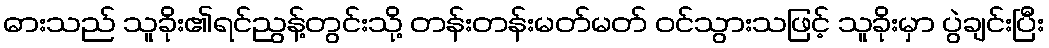
ဓားသည် သူခိုး၏ရင်ညွန့်တွင်းသို့ တန်းတန်းမတ်မတ် ဝင်သွားသဖြင့် သူခိုးမှာ ပွဲချင်းပြီး